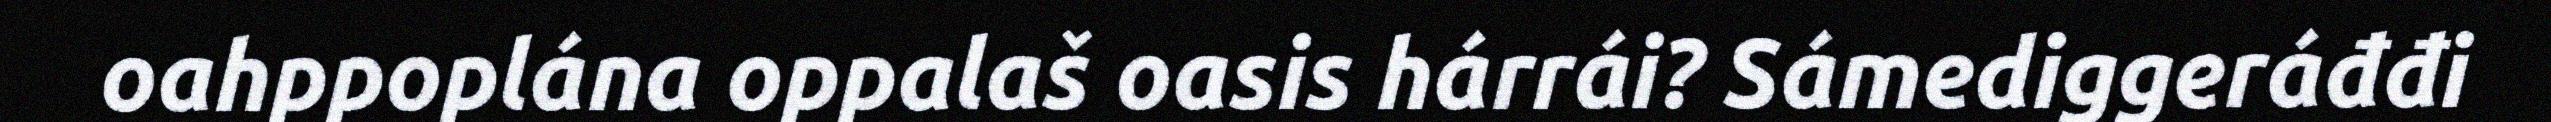
oahppoplána oppalaš oasis hárrái? Sámediggeráđđi